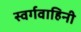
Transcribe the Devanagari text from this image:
स्वर्गवाहिनी